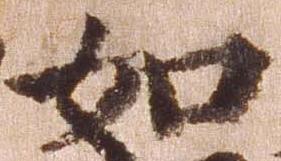
如